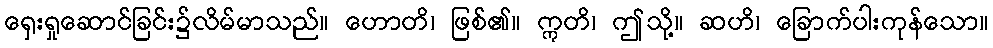
ရှေးရှုဆောင်ခြင်း၌လိမ်မာသည်။ ဟောတိ၊ ဖြစ်၏။ ဣတိ၊ ဤသို့။ ဆဟိ၊ ခြောက်ပါးကုန်သော။